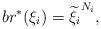
LaTeX: \begin{align*}br^*(\xi_i) = \widetilde{\xi_i}^{N_i},\end{align*}